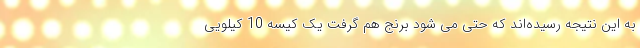
به این نتیجه رسیده‌اند که حتی می شود برنج هم گرفت یک کیسه 10 کیلویی